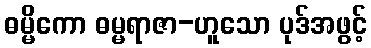
ဓမ္မိကော ဓမ္မရာဇာ-ဟူသော ပုဒ်အဖွင့်